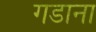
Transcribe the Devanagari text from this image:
गडाना